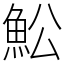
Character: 䰸